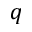
q